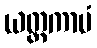
ယတ္ထကာမံ